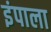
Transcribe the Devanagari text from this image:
इंपाला